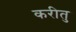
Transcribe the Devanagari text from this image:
करीतु